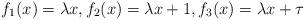
LaTeX: \begin{align*}f_1(x)=\lambda x,f_2(x)=\lambda x+1, f_3(x)=\lambda x +\tau\end{align*}